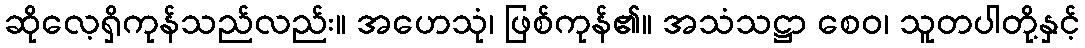
ဆိုလေ့ရှိကုန်သည်လည်း။ အဟေသုံ၊ ဖြစ်ကုန်၏။ အသံသဋ္ဌာ စေဝ၊ သူတပါတို့နှင့်